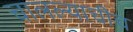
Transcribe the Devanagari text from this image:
चालल्याचीच